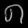
Digit: ၈